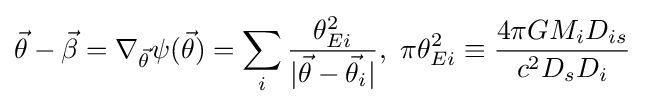
{\vec {\theta }}-{\vec {\beta }}=\nabla _{\vec {\theta }}\psi ({\vec {\theta }})=\sum _{i}{\theta _{Ei}^{2} \over |{\vec {\theta }}-{\vec {\theta }}_{i}|},~\pi \theta _{Ei}^{2}\equiv {4\pi GM_{i}D_{is} \over c^{2}D_{s}D_{i}}